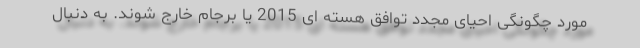
مورد چگونگی احیای مجدد توافق هسته ای 2015 یا برجام خارج شوند. به دنبال